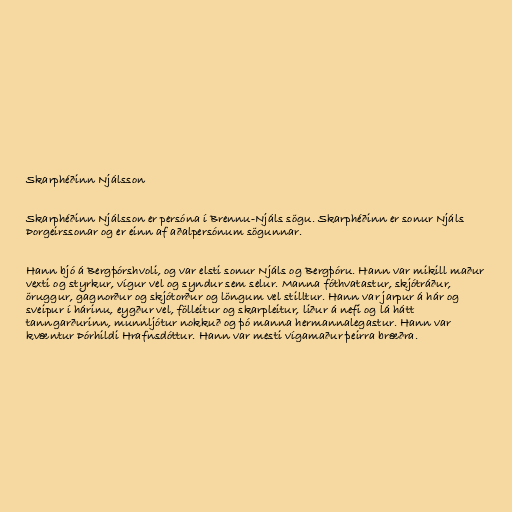
Skarphéðinn Njálsson

Skarphéðinn Njálsson er persóna í Brennu-Njáls sögu. Skarphéðinn er sonur Njáls
Þorgeirssonar og er einn af aðalpersónum sögunnar.

Hann bjó á Bergþórshvoli, og var elsti sonur Njáls og Bergþóru. Hann var mikill maður
vexti og styrkur, vígur vel og syndur sem selur. Manna fóthvatastur, skjótráður,
öruggur, gagnorður og skjótorður og löngum vel stilltur. Hann var jarpur á hár og
sveipur í hárinu, eygður vel, fölleitur og skarpleitur, liður á nefi og lá hátt
tanngarðurinn, munnljótur nokkuð og þó manna hermannalegastur. Hann var
kvæntur Þórhildi Hrafnsdóttur. Hann var mesti vígamaður þeirra bræðra.